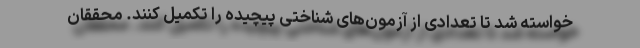
خواسته شد تا تعدادی از آزمون‌های شناختی پیچیده را تکمیل کنند. محققان